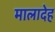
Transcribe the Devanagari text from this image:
मालादेह